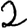
Digit: 2